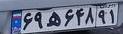
۶۹ه۶۴۸۹۱